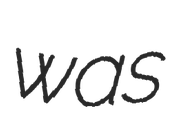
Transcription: was